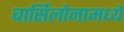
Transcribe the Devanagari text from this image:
बार्सिलोनामध्ये